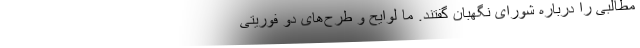
مطالبی را درباره شورای نگهبان گفتند. ما لوایح و طرح‌های دو فوریتی